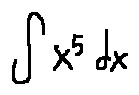
\int x ^ { 5 } d x